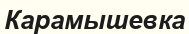
Карамышевка